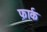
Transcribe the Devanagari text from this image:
फ़ार्क